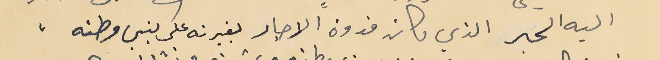
اليه الحبر الذي كان قدوة الاحبار بغيرته على بني وطنه،